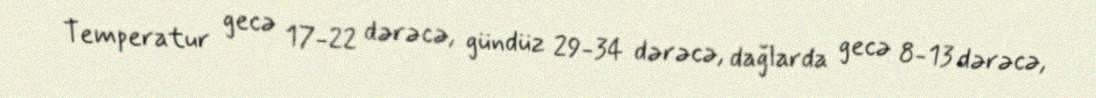
Temperatur gecə 17-22 dərəcə, gündüz 29-34 dərəcə, dağlarda gecə 8-13 dərəcə,